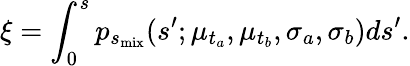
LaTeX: \xi=\int_{0}^{s}p_{s_{\mathrm{mix}}}(s^{\prime};\mu_{t_{a}},\mu_{t_{b}},\sigma_{a},\sigma_{b})ds^{\prime}.